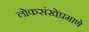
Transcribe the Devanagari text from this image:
लोकसंखेप्रमाणे